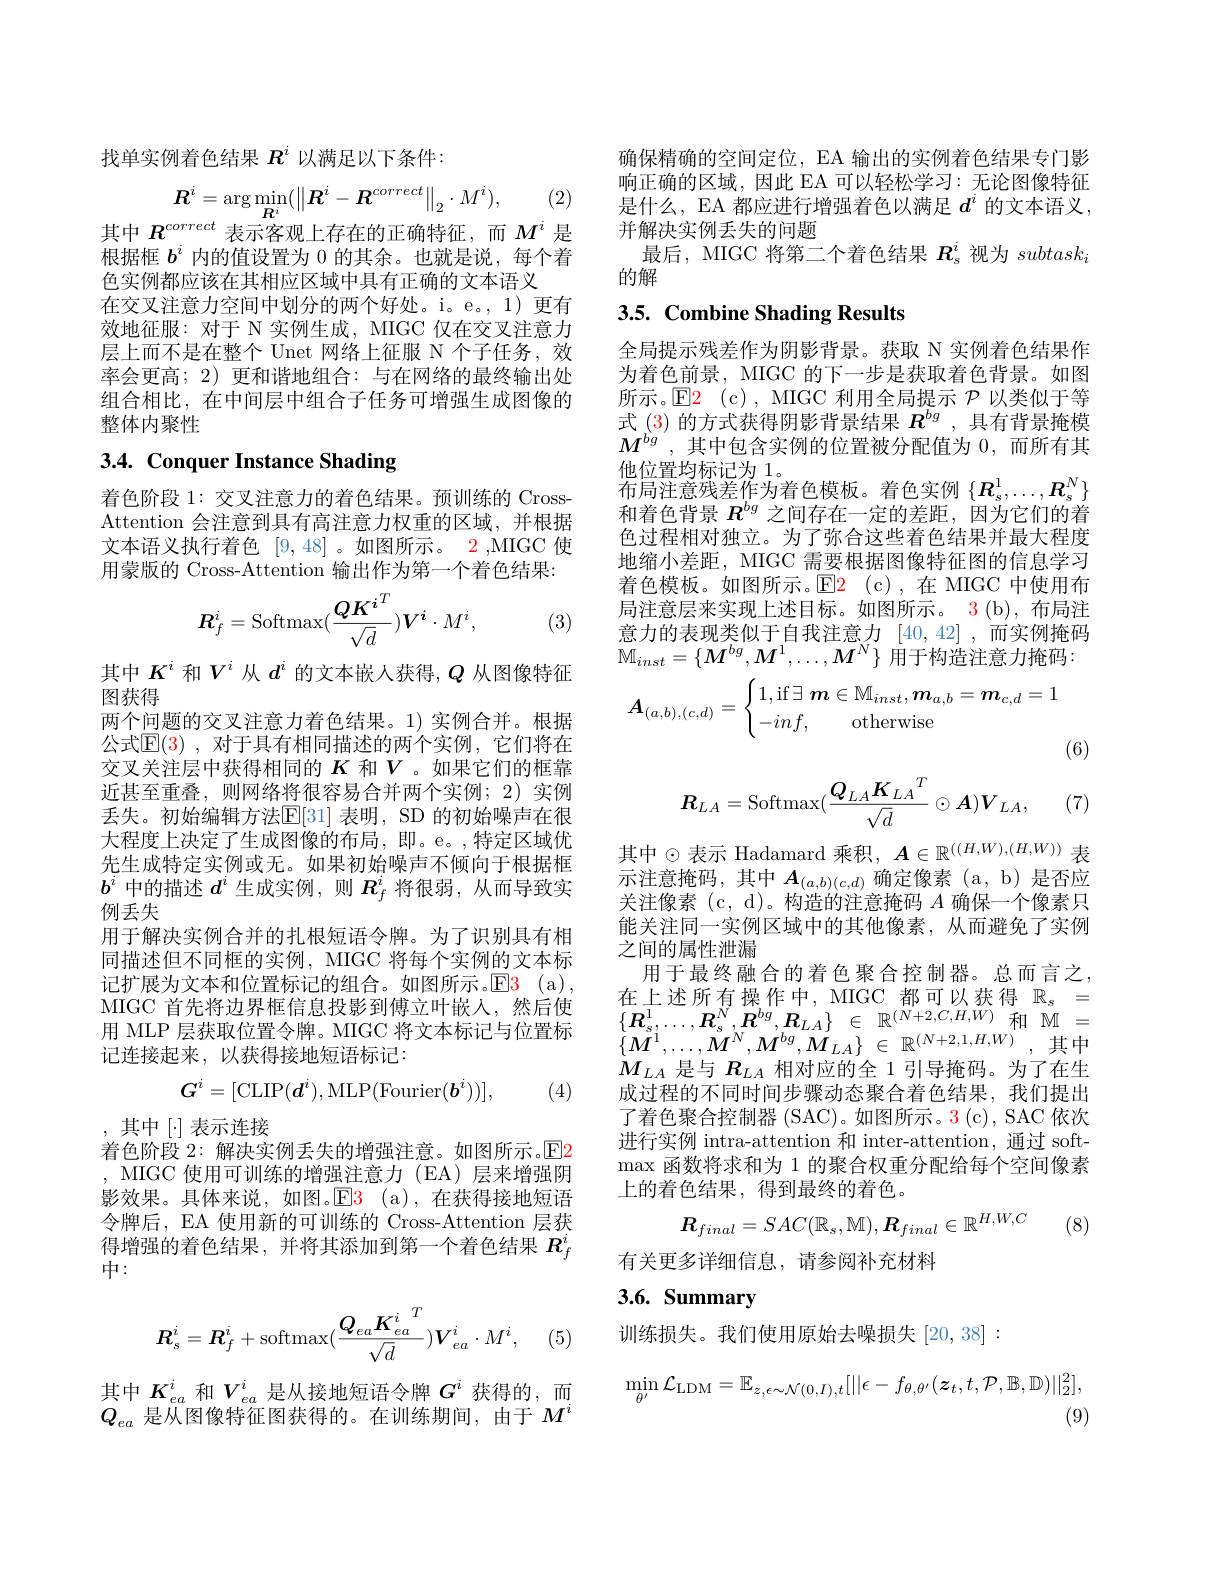
找单实例着色结果$R^i$以满足以下条件：

(2,
$$\boldsymbol{R}^i=\arg\min_{\boldsymbol{R}^i}(\left\|\boldsymbol{R}^i-\boldsymbol{R}^{correct}\right\|_2\cdot M^i),$$
其中$R^{correct}$表示客观上存在的正确特征，而$M^i$ 是

根据框$b^i$内的值设置为 0 的其余。也就是说，每个着
色实例都应该在其相应区域中具有正确的文本语义
在交叉注意力空间中划分的两个好处。i。e。1)更有效地征服：对于 N 实例生成，MIGC 仅在交叉注意力层上而不是在整个 Unet 网络上征服 N 个子任务，效率会更高；2)更和谐地组合：与在网络的最终输出处组合相比，在中间层中组合子任务可增强生成图像的整体内聚性

# 3.4. Conquer Instance Shading

着色阶段 1: 交叉注意力的着色结果。预训练的 CrossAttention 会注意到具有高注意力权重的区域，并根据文本语义执行着色[9,48] 。如图所示。2,MIGC 使用蒙版的 Cross-Attention 输出作为第一个着色结果：
$$\boldsymbol{R}_{f}^{i}=\mathrm{Softmax}(\frac{QK^{i^{T}}}{\sqrt{d}})\boldsymbol{V}^{i}\cdot M^{i},$$
(3)

其中$K^i$和$V^i$从$d^i$的文本嵌人获得，$Q$从图像特征
图获得
两个问题的交叉注意力着色结果。1) 实例合并。根据公式$\mathbb{E}(3)$ ,对于具有相同描述的两个实例，它们将在交叉关注层中获得相同的$K$和$V$ 。如果它们的框靠近甚至重叠，则网络将很容易合并两个实例；2) 实例丢失。初始编辑方法$\mathbb{E}[31]$ 表明，SD 的初始噪声在很大程度上决定了生成图像的布局，即。e。,特定区域优先生成特定实例或无。如果初始噪声不倾向于根据框$b^i$中的描述$d^i$生成实例，则$R_f^i$将很弱，从而导致实例丢失
用于解决实例合并的扎根短语令牌。为了识别具有相同描述但不同框的实例，MIGC 将每个实例的文本标记扩展为文本和位置标记的组合。如图所示。E3(a), MIGC 首先将边界框信息投影到傅立叶嵌入，然后使用 MLP 层获取位置令牌。MIGC 将文本标记与位置标记连接起来，以获得接地短语标记：

(4)
$$G^i=[\mathrm{CLIP}(d^i),\mathrm{MLP}(\mathrm{Fourier}(b^i))],$$
,其中[$\cdot]表示连接$
着色阶段 2: 解决实例丢失的增强注意。如图所示。E2 , MIGC 使用可训练的增强注意力 (EA)层来增强阴影效果。具体来说，如图。E3 ( a) , 在获得接地短语令牌后，EA 使用新的可训练的 Cross-Attention 层获得增强的着色结果，并将其添加到第一个着色结果$R_f^i$ 中：
$$\boldsymbol{R}_{s}^{i}=\boldsymbol{R}_{f}^{i}+\mathrm{softmax}(\frac{Q_{ea}\boldsymbol{K}_{ea}^{i}}{\sqrt{d}})\boldsymbol{V}_{ea}^{i}\cdot M^{i},$$
(5)

其中$K_{ea}^i$和$V_{ea}^i$是从接地短语令牌$G^i$获得的，而$Q_{ea}$是从图像特征图获得的。在训练期间，由于$M^i$

确保精确的空间定位，EA 输出的实例着色结果专门影响正确的区域，因此 EA 可以轻松学习：无论图像特征是什么，EA 都应进行增强着色以满足$d^i$的文本语义， 并解决实例丢失的问题
最后，MIGC 将第二个着色结果$R_s^i$视为$subtask_i$
的解

## 3.5. Combine Shading Results

全局提示残差作为阴影背景。获取 N 实例着色结果作为着色前景，MIGC 的下一步是获取着色背景。如图所示。$\operatorname { E2}$ (c), MIGC 利用全局提示$\mathcal{P}$以类似于等式 (3) 的方式获得阴影背景结果$R^{bg}$ ,具有背景掩模$M^{bg}$,其中包含实例的位置被分配值为0，而所有其他位置均标记为 1。
布局注意残差作为着色模板。着色实例$\{\boldsymbol{R}_s^1,\ldots,\boldsymbol{R}_s^N\}$ 和着色背景$R^{bg}$之间存在一定的差距，因为它们的着色过程相对独立。为了弥合这些着色结果并最大程度地缩小差距，MIGC 需要根据图像特征图的信息学习着色模板。如图所示。$\color{red}{\mathrm{E2}}$(c),在 MIGC 中使用布局注意层来实现上述目标。如图所示。3(b), 布局注意力的表现类似于自我注意力[40,42],而实例掩码$\mathbb{M}_{inst}=\{M^{bg},M^1,\ldots,M^N\}$用于构造注意力掩码：
$$\boldsymbol{A}_{(a,b),(c,d)}=\begin{cases}1,\text{if}\exists\:\boldsymbol{m}\in\mathbb{M}_{inst},\boldsymbol{m}_{a,b}=\boldsymbol{m}_{c,d}=1\\-inf,\quad\text{otherwise}\end{cases}$$
(6)
$$\boldsymbol{R}_{LA}=\mathrm{Softmax}(\frac{Q_{LA}\boldsymbol{K}_{LA}^{T}}{\sqrt{d}}\odot\boldsymbol{A})\boldsymbol{V}_{LA},$$
(7)

其中$\odot$表示 Hadamard 乘积$,A\in\mathbb{R}^((H,W),(H,W))$ 表示注意掩码，其中$A_(a,b)(c,d)$确定像素(a,b)是否应关注像素 (c, d)。构造的注意掩码$A$确保一个像素只能关注同一实例区域中的其他像素，从而避免了实例之间的属性泄漏
用于最终融合的着色聚合控制器。总而言之， 在上述所有操作中，MIGC 都可以获得$\mathbb{R}_s=$ $\{ \boldsymbol{R}_{s}^{1}, \ldots , \boldsymbol{R}_{s}^{N}, \boldsymbol{R}^{bg}, \boldsymbol{R}_{LA}\}$ $\in$ $\mathbb{R} ^{( N+ 2, C, H, W) }$和$\begin{array}{cl}{{\mathrm{M}}}\\{{\mathrm{M}}}\end{array}=$ $\{ M^{1}, \ldots , M^{N}, M^{bg}, M_{LA}\}$ $\in$ $\mathbb{R} ^{( N+ 2, 1, H, W) }$ , 其中$M_{LA}$是与$R_{LA}$相对应的全 1 引导掩码。为了在生成过程的不同时间步骤动态聚合着色结果，我们提出了着色聚合控制器 (SAC)。如图所示。3 (c), SAC 依次进行实例 intra-attention 和 inter-attention, 通过 soft- $\max$函数将求和为 1 的聚合权重分配给每个空间像素上的着色结果，得到最终的着色。
$$\boldsymbol{R}_{final}=SAC(\mathbb{R}_{s},\mathbb{M}),\boldsymbol{R}_{final}\in\mathbb{R}^{H,W,C}$$
(8)

有关更多详细信息，请参阅补充材料

## 3.6. Summary

训练损失。我们使用原始去噪损失[20,38]:
$$\min_{\theta'}\mathcal{L}_{\mathrm{LDM}}=\mathbb{E}_{z,\epsilon\sim\mathcal{N}(0,I),t}[||\epsilon-f_{\theta,\theta'}(z_{t},t,\mathcal{P},\mathbb{B},\mathbb{D})||_{2}^{2}],$$
(9)